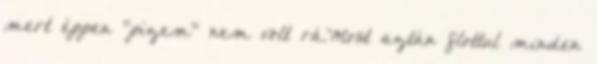
mert éppen "pízem" nem volt rá.Most aztán flottul minden